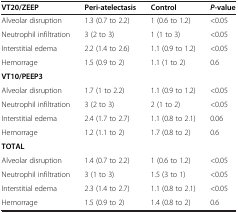
<table><thead><tr><td><b>VT20/ZEEP</b></td><td><b>Peri-atelectasis</b></td><td><b>Control</b></td><td><b><i>P</i>-value</b></td></tr></thead><tbody><tr><td>Alveolar disruption</td><td>1.3 (0.7 to 2.2)</td><td>1 (0.6 to 1.2)</td><td>&lt;0.05</td></tr><tr><td>Neutrophil infiltration</td><td>3 (2 to 3)</td><td>1 (1 to 3)</td><td>&lt;0.05</td></tr><tr><td>Interstitial edema</td><td>2.2 (1.4 to 2.6)</td><td>1.1 (0.9 to 1.2)</td><td>&lt;0.05</td></tr><tr><td>Hemorrage</td><td>1.5 (0.9 to 2)</td><td>1.1 (1 to 2)</td><td>0.6</td></tr><tr><td><b>VT10/PEEP3</b></td><td></td><td></td><td></td></tr><tr><td>Alveolar disruption</td><td>1.7 (1 to 2.2)</td><td>1.1 (0.9 to 1.2)</td><td>&lt;0.05</td></tr><tr><td>Neutrophil infiltration</td><td>3 (2 to 3)</td><td>2 (1 to 2)</td><td>&lt;0.05</td></tr><tr><td>Interstitial edema</td><td>2.4 (1.7 to 2.7)</td><td>1.1 (0.8 to 2.1)</td><td>0.06</td></tr><tr><td>Hemorrage</td><td>1.2 (1.1 to 2)</td><td>1.7 (0.8 to 2)</td><td>0.6</td></tr><tr><td><b>TOTAL</b></td><td></td><td></td><td></td></tr><tr><td>Alveolar disruption</td><td>1.4 (0.7 to 2.2)</td><td>1 (0.6 to 1.2)</td><td>&lt;0.05</td></tr><tr><td>Neutrophil infiltration</td><td>3 (1 to 3)</td><td>1.5 (3 to 1)</td><td>&lt;0.05</td></tr><tr><td>Interstitial edema</td><td>2.3 (1.4 to 2.7)</td><td>1.1 (0.8 to 2.1)</td><td>&lt;0.05</td></tr><tr><td>Hemorrage</td><td>1.5 (0.9 to 2)</td><td>1.4 (0.8 to 2)</td><td>0.6</td></tr></tbody></table>